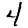
Digit: 4